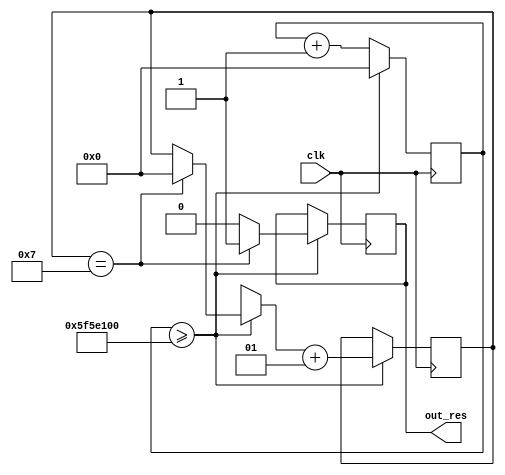
module reset(out_res, clk);

output reg out_res;
input clk;

reg[31:0] front = 0;
integer cnt = 0;
// Clocking operations
always @(posedge clk)
begin
	if (front >= 32'd100000000)
	begin
			front <= 32'd0;
		if (cnt == 7) 
		begin		// add > 5 sec
			out_res = 1'b1;
			cnt = 0;
		end
		else 
			out_res = 1'b0;
		cnt = cnt + 1;
	end
	else
	front <= front + 1'b1;
end

endmodule